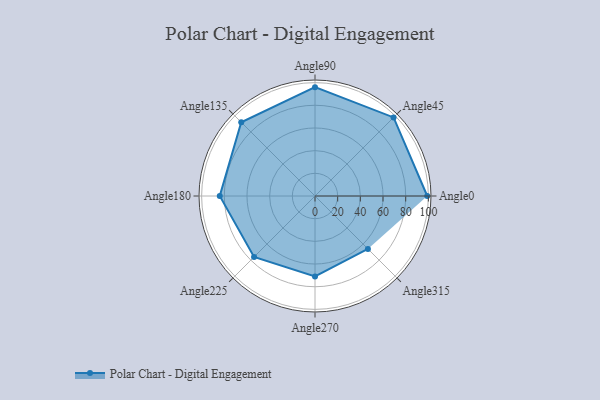
{"axis": {"x": "Angle", "y": "Radius"}, "legend": [""], "data": [{"x": "Angle0", "y": 99.0, "type": ""}, {"x": "Angle45", "y": 98.0, "type": ""}, {"x": "Angle90", "y": 96.0, "type": ""}, {"x": "Angle135", "y": 92.0, "type": ""}, {"x": "Angle180", "y": 84.0, "type": ""}, {"x": "Angle225", "y": 76.0, "type": ""}, {"x": "Angle270", "y": 71.0, "type": ""}, {"x": "Angle315", "y": 66.0, "type": ""}]}